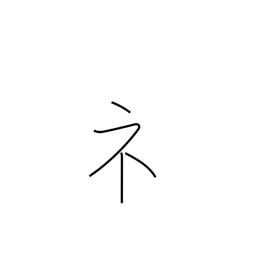
Meaning: showing radical (no. 113)